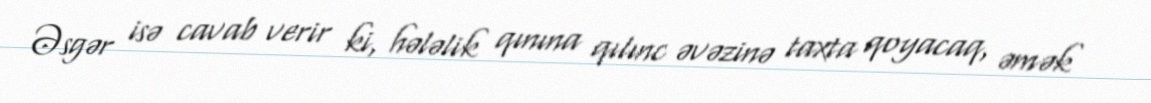
Əsgər isə cavab verir ki, hələlik qınına qılınc əvəzinə taxta qoyacaq, əmək